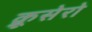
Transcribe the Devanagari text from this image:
क्रूसेरो